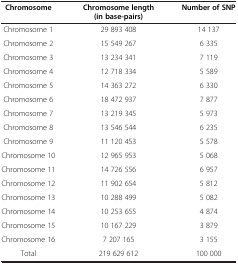
<table><thead><tr><td><b>Chromosome</b></td><td><b>Chromosome length (in base-pairs)</b></td><td><b>Number of SNP</b></td></tr></thead><tbody><tr><td>Chromosome 1</td><td>29 893 408</td><td>14 137</td></tr><tr><td>Chromosome 2</td><td>15 549 267</td><td>6 335</td></tr><tr><td>Chromosome 3</td><td>13 234 341</td><td>7 119</td></tr><tr><td>Chromosome 4</td><td>12 718 334</td><td>5 589</td></tr><tr><td>Chromosome 5</td><td>14 363 272</td><td>6 330</td></tr><tr><td>Chromosome 6</td><td>18 472 937</td><td>7 877</td></tr><tr><td>Chromosome 7</td><td>13 219 345</td><td>5 973</td></tr><tr><td>Chromosome 8</td><td>13 546 544</td><td>6 235</td></tr><tr><td>Chromosome 9</td><td>11 120 453</td><td>5 578</td></tr><tr><td>Chromosome 10</td><td>12 965 953</td><td>5 068</td></tr><tr><td>Chromosome 11</td><td>14 726 556</td><td>6 957</td></tr><tr><td>Chromosome 12</td><td>11 902 654</td><td>5 812</td></tr><tr><td>Chromosome 13</td><td>10 288 499</td><td>5 082</td></tr><tr><td>Chromosome 14</td><td>10 253 655</td><td>4 874</td></tr><tr><td>Chromosome 15</td><td>10 167 229</td><td>3 879</td></tr><tr><td>Chromosome 16</td><td>7 207 165</td><td>3 155</td></tr><tr><td>Total</td><td>219 629 612</td><td>100 000</td></tr></tbody></table>